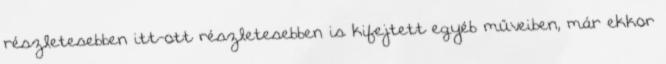
részletesebben itt-ott részletesebben is kifejtett egyéb műveiben, már ekkor